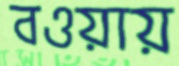
বওয়ায়